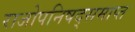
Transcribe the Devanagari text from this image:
राजोपनिषद्समाप्त